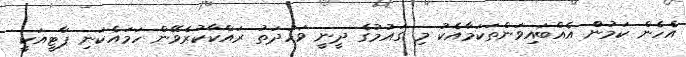
އެހެން ކަމުންް އެއްބައިވަންތަކަމާއެކު މި ގައުމުގެ ދީނީ ވަހުދަތު ރައްކާކުރެވޭން ހަމައެކަނި ޕާޓީއަކީ